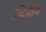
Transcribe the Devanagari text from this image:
व्दितिय